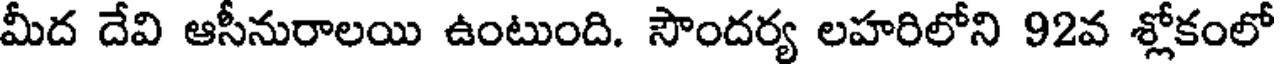
మీద దేవి ఆసీనురాలయి ఉంటుంది. సౌందర్య లహరిలోని 92వ శ్లోకంలో